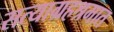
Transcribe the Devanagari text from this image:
सत्याग्रहश्रमात